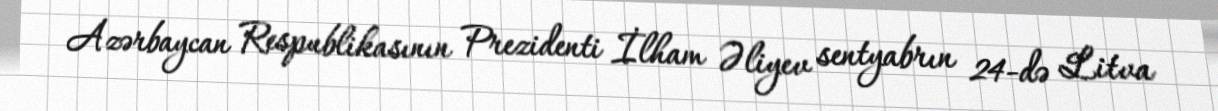
Azərbaycan Respublikasının Prezidenti İlham Əliyev sentyabrın 24-də Litva